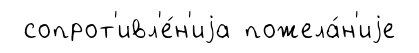
сопрот'ивл'е́н'иjа пожела́н'иjе